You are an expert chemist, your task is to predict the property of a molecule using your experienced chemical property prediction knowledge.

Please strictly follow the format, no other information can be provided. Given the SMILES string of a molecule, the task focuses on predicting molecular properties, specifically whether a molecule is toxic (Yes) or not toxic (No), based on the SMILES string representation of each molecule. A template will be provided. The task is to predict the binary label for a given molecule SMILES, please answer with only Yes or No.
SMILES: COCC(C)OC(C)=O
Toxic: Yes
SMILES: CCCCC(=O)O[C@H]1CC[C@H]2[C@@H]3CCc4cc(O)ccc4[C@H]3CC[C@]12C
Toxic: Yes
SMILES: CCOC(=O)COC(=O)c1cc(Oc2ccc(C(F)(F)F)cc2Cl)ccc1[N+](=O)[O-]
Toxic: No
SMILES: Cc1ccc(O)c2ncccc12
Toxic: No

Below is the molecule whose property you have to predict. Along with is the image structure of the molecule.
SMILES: CC(C)C[C@H]1C(=O)N2CCC[C@H]2[C@]2(O)O[C@](NC(=O)[C@@H]3C[C@@H]4c5cccc6[nH]cc(c56)C[C@H]4N(C)C3)(C(C)C)C(=O)N12
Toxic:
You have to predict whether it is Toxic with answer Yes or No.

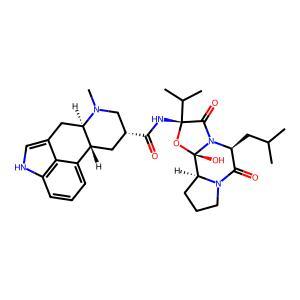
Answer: No